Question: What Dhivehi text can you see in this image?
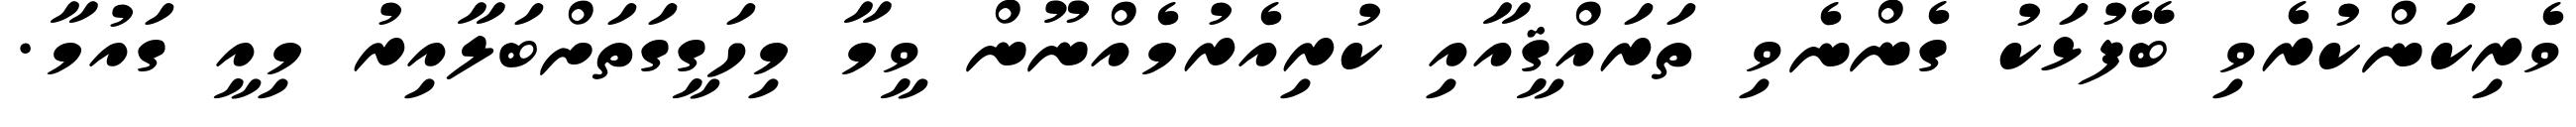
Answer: ވެރިކަންކުރެވި ބޭފުޅަކު ގެންނެވި ތަރައްޤީއާއި ކުރިއެރުމެއްނޫން ވީމާ މިހަގީގަތަށްބަލާއިރު މިއީ ގައުމާ.